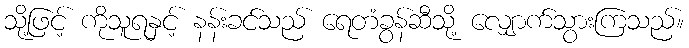
သို့ဖြင့် ကိုသူရနှင့် နန်းခင်သည် ရေတံခွန်ဆီသို့ လျှောက်သွားကြသည်။